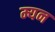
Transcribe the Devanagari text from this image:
म्यन